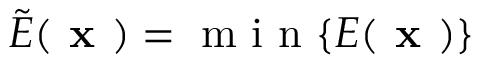
\tilde { E } ( \textbf { x } ) = \mathrm { ~ m ~ i ~ n ~ } \{ E ( \textbf { x } ) \}